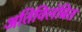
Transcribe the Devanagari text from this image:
अतिविलंबित